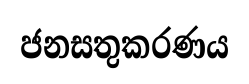
ජනසතුකරණය